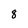
Character: 8